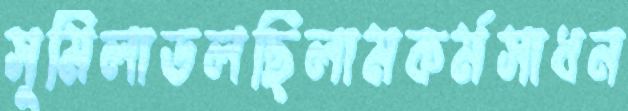
সুমিলাডলছিলামকর্মসাধন